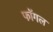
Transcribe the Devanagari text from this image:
फॉगल